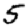
Digit: 5